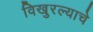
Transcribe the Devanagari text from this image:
विखुरल्याचे